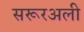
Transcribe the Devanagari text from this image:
सरूरअली